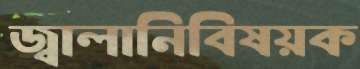
জ্বালানিবিষয়ক